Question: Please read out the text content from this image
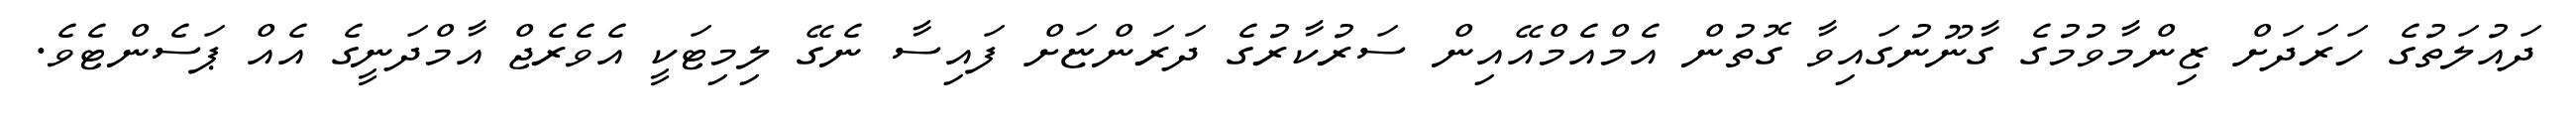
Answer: ދައުލަތުގެ ހަރަދަށް ޒިންމާވުމުގެ ގާނޫނުގައިވާ ގޮތުން އެމްއެމްއޭއިން ސަރުކާރުގެ ދަރަންޏަށް ފައިސާ ނެގޭ ލިމިޓަކީ އެވެރެޖް އާމްދަނީގެ އެއް ޕަސެންޓެވެ.